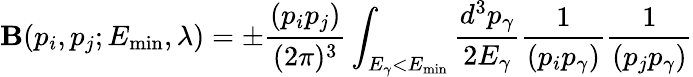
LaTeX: \mathbf{B}(p_{i},p_{j};E_{\mathrm{{{min}}}},\lambda)=\pm\frac{{(p_{i}p_{j})}}{{(2\pi)^{3}}}\int_{E_{\gamma}<E_{\mathrm{{min}}}}\frac{{d^{3}p_{\gamma}}}{{2E_{\gamma}}}\frac{{1}}{{(p_{i}p_{\gamma})}}\frac{{1}}{{(p_{j}p_{\gamma})}}